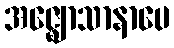
အဇ္ဈောသာနာပေ